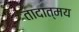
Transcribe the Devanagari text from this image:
तादात्मय